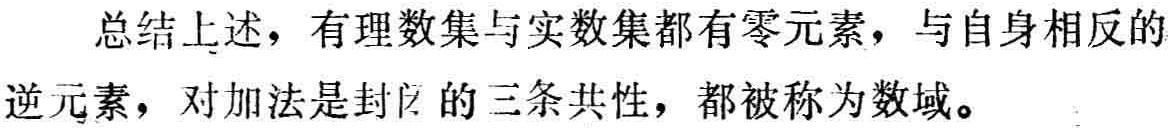
总结上述，有理数集与实数集都有零元素，与自身相反的逆元素，对加法是封闭的三条共性，都被称为数域。